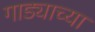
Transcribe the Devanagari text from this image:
गाड्याच्या